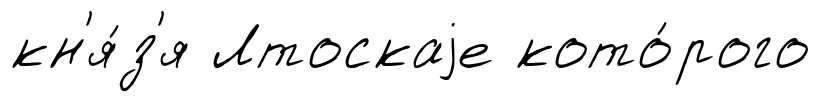
кн'я́з'я Лтоскаjе кото́рого